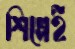
শিল্পেই